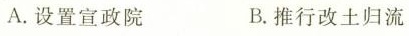
A.设置宣政院 B.推行改土归流